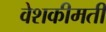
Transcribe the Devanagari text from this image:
वेशकीमती